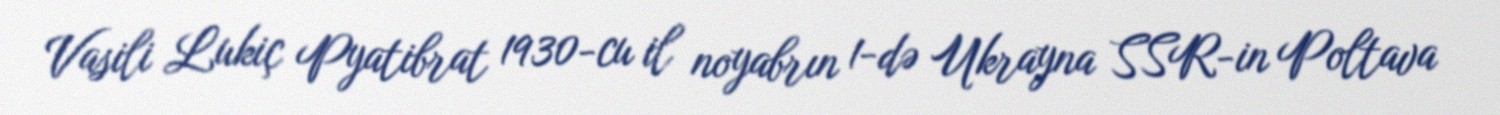
Vasili Lukiç Pyatibrat 1930-cu il noyabrın 1-də Ukrayna SSR-in Poltava